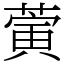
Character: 蔩